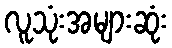
လူသုံးအများဆုံး